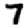
Digit: 7